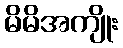
မိမိအကျိုး